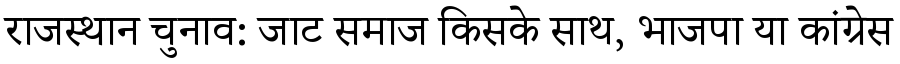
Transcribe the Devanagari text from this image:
राजस्थान चुनाव: जाट समाज किसके साथ, भाजपा या कांग्रेस